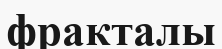
фракталы